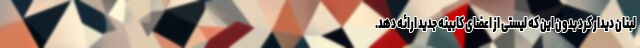
لبنان دیدار کرد بدون این که لیستی از اعضای کابینه جدید ارائه دهد.